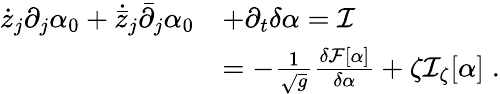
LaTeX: \begin{array}{rl}{{\dot{z}}_{j}\partial_{j}\alpha_{0}+{\dot{\bar{z}}}_{j}{\bar{\partial}}_{j}\alpha_{0}}&{+\partial_{t}\delta\alpha=\mathcal I}\\ &{=-\frac{1}{\sqrt{g}}\frac{\delta{\mathcal F}[\alpha]}{\delta\alpha}+\zeta\mathcal I_{\zeta}[\alpha]\; .}\end{array}